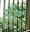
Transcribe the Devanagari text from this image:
तुँह